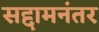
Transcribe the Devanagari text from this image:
सद्दामनंतर